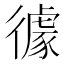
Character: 𱝹